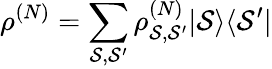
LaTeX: \rho^{(N)}=\sum_{\mathcal{S},\mathcal{S}^{\prime}}\rho_{\mathcal{S},\mathcal{S}^{\prime}}^{(N)}|\mathcal{S}\rangle\langle\mathcal{S}^{\prime}|